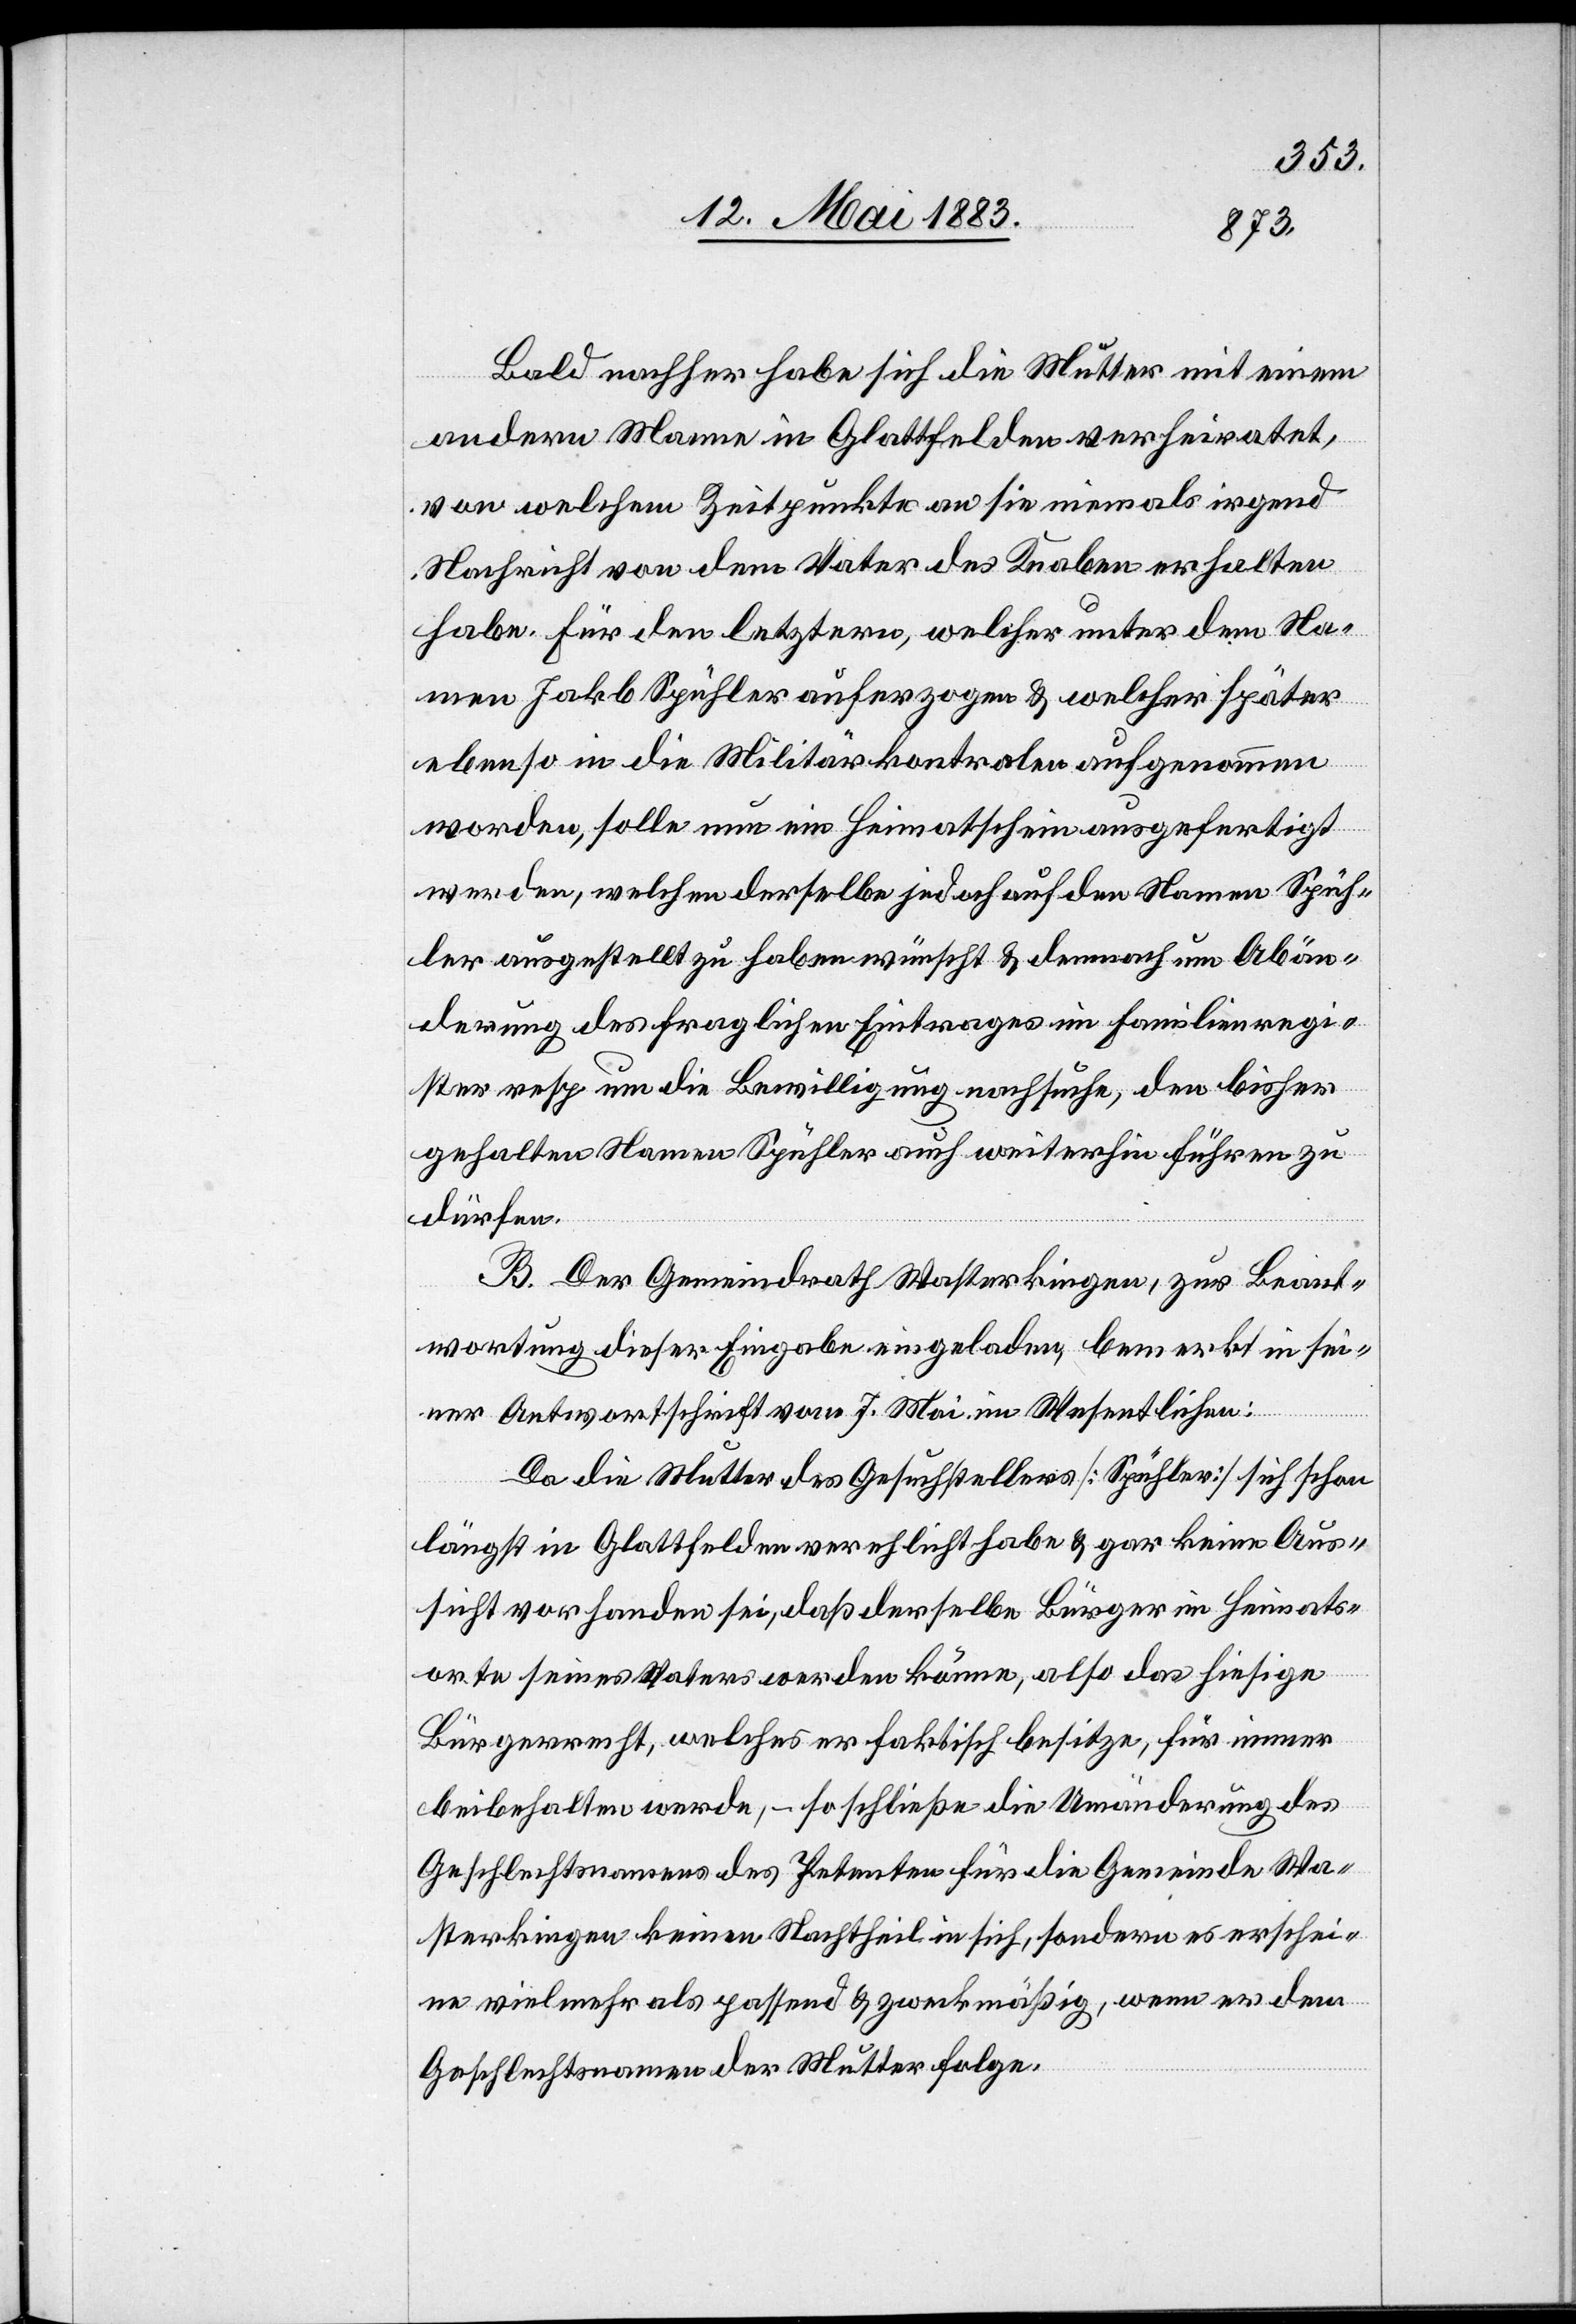
Bald nachher habe sich die Mutter mit einem
andern Mann in Glattfelden verheiratet,
von welchem Zeitpunkte an sie niemals irgend
Nachricht von dem Vater des Knaben erhalten
habe. Für den letztern, welcher unter dem Na¬
men Jakob Spühler auferzogen & welcher später
ebenso in die Militärkontrolen aufgenommen
worden, solle nun ein Heimatschein ausgefertigt
werden, welchen derselbe jedoch auf den Namen Spüh¬
ler ausgestellt zu haben wünscht & demnach um Abän¬
derung des fraglichen Eintrages im Familienregi¬
ster resp. um die Bewilligung nachsuche, den bisher
gehalten[en] Namen Spühler auch weiterhin führen zu
dürfen.
B. Der Gemeindrath Wasterkingen, zur Beant¬
wortung dieser Eingabe eingeladen, bemerkt in sei¬
ner Antwortschrift vom 7. Mai im Wesentlichen:
Da die Mutter des Gesuchstellers [Spühler] sich schon
längst in Glattfelden verehelicht habe & gar keine Aus¬
sicht vorhanden sei, daß derselbe Bürger im Heimats¬
orte seines Vaters werden könne, also das hiesige
Bürgerrecht, welches er faktisch besitze, für immer
beibehalten werde, – so schließe die Umänderung des
Geschlechtsnamens des Petenten für die Gemeinde Wa¬
sterkingen keinen Nachtheil in sich, sondern es erschei¬
ne vielmehr als passend & zweckmäßig, wenn er dem
Geschlechtsnamen der Mutter folge.